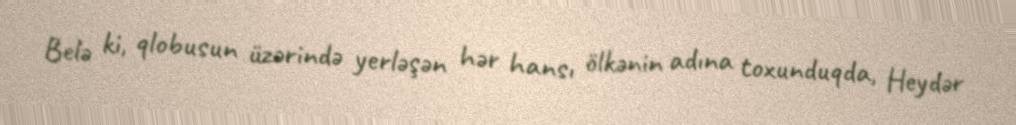
Belə ki, qlobusun üzərində yerləşən hər hansı ölkənin adına toxunduqda, Heydər